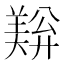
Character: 𬙺